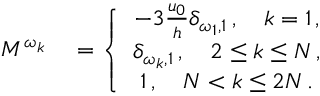
\begin{array} { r l } { M ^ { \omega _ { k } } } & { { } = \left\{ \begin{array} { c } { - 3 \frac { u _ { 0 } } { h } \delta _ { \omega _ { 1 } , 1 } \, , \quad k = 1 \, , } \\ { \delta _ { \omega _ { k } , 1 } \, , \quad 2 \le k \le N \, , } \\ { 1 \, , \quad N < k \le 2 N \, . } \end{array} \right. } \end{array}